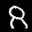
Label: 8